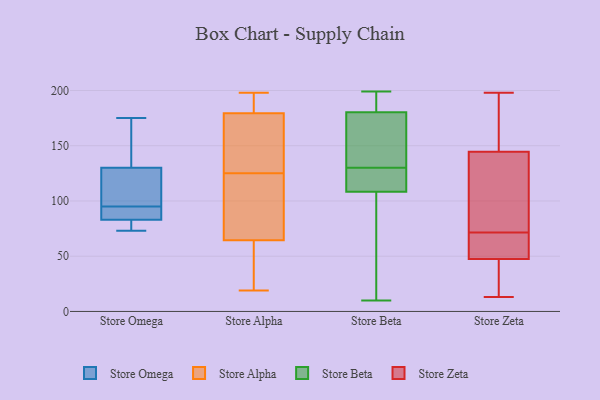
{"axis": {"x": "LTV (USD)", "y": "Value"}, "legend": ["Store Alpha", "Store Beta", "Store Omega", "Store Zeta"], "data": [{"x": "", "y": 90, "type": "Store Omega"}, {"x": "", "y": 157, "type": "Store Omega"}, {"x": "", "y": 90, "type": "Store Omega"}, {"x": "", "y": 73, "type": "Store Omega"}, {"x": "", "y": 118, "type": "Store Omega"}, {"x": "", "y": 83, "type": "Store Omega"}, {"x": "", "y": 82, "type": "Store Omega"}, {"x": "", "y": 175, "type": "Store Omega"}, {"x": "", "y": 130, "type": "Store Omega"}, {"x": "", "y": 100, "type": "Store Omega"}, {"x": "", "y": 36, "type": "Store Alpha"}, {"x": "", "y": 174, "type": "Store Alpha"}, {"x": "", "y": 168, "type": "Store Alpha"}, {"x": "", "y": 159, "type": "Store Alpha"}, {"x": "", "y": 44, "type": "Store Alpha"}, {"x": "", "y": 100, "type": "Store Alpha"}, {"x": "", "y": 59, "type": "Store Alpha"}, {"x": "", "y": 107, "type": "Store Alpha"}, {"x": "", "y": 19, "type": "Store Alpha"}, {"x": "", "y": 198, "type": "Store Alpha"}, {"x": "", "y": 70, "type": "Store Alpha"}, {"x": "", "y": 196, "type": "Store Alpha"}, {"x": "", "y": 195, "type": "Store Alpha"}, {"x": "", "y": 185, "type": "Store Alpha"}, {"x": "", "y": 143, "type": "Store Alpha"}, {"x": "", "y": 99, "type": "Store Alpha"}, {"x": "", "y": 25, "type": "Store Beta"}, {"x": "", "y": 31, "type": "Store Beta"}, {"x": "", "y": 137, "type": "Store Beta"}, {"x": "", "y": 196, "type": "Store Beta"}, {"x": "", "y": 199, "type": "Store Beta"}, {"x": "", "y": 126, "type": "Store Beta"}, {"x": "", "y": 185, "type": "Store Beta"}, {"x": "", "y": 130, "type": "Store Beta"}, {"x": "", "y": 121, "type": "Store Beta"}, {"x": "", "y": 166, "type": "Store Beta"}, {"x": "", "y": 10, "type": "Store Beta"}, {"x": "", "y": 185, "type": "Store Beta"}, {"x": "", "y": 112, "type": "Store Beta"}, {"x": "", "y": 143, "type": "Store Beta"}, {"x": "", "y": 107, "type": "Store Beta"}, {"x": "", "y": 177, "type": "Store Zeta"}, {"x": "", "y": 129, "type": "Store Zeta"}, {"x": "", "y": 160, "type": "Store Zeta"}, {"x": "", "y": 87, "type": "Store Zeta"}, {"x": "", "y": 196, "type": "Store Zeta"}, {"x": "", "y": 64, "type": "Store Zeta"}, {"x": "", "y": 24, "type": "Store Zeta"}, {"x": "", "y": 110, "type": "Store Zeta"}, {"x": "", "y": 78, "type": "Store Zeta"}, {"x": "", "y": 52, "type": "Store Zeta"}, {"x": "", "y": 55, "type": "Store Zeta"}, {"x": "", "y": 43, "type": "Store Zeta"}, {"x": "", "y": 65, "type": "Store Zeta"}, {"x": "", "y": 26, "type": "Store Zeta"}, {"x": "", "y": 198, "type": "Store Zeta"}, {"x": "", "y": 13, "type": "Store Zeta"}]}